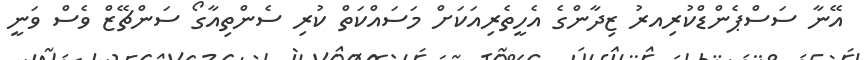
އޭނާ ސަސްޕެންޑްކުރިއރު ޒިދާންގެ އެހީތެރިއަކަށް މަސައްކަތް ކުރި ސެންތިއާގޯ ސަންޗޭޒް ވެސް ވަނީ